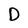
Character: D